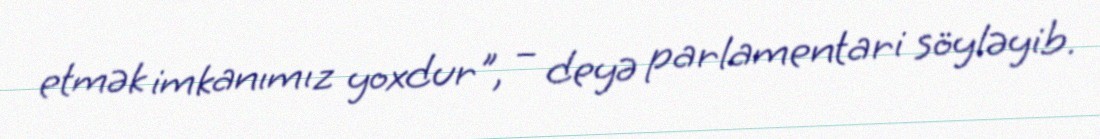
etmək imkanımız yoxdur", – deyə parlamentari söyləyib.